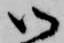
御